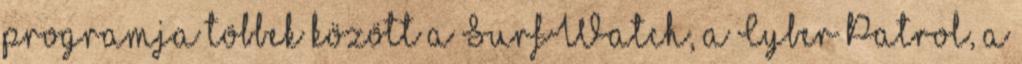
programja többek között a SurfWatch, a Cyber Patrol, a